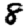
Digit: 8